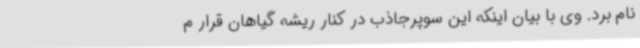
نام برد. وی با بیان اینکه این سوپرجاذب در کنار ریشه گیاهان قرار م